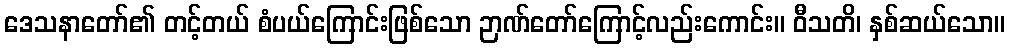
ဒေသနာတော်၏ တင့်တယ် စံပယ်ကြောင်းဖြစ်သော ဉာဏ်တော်ကြောင့်လည်းကောင်း။ ဝီသတိ၊ နှစ်ဆယ်သော။